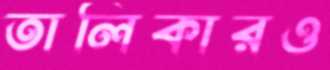
তালিকারও